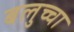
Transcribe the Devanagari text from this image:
बलुच्चा